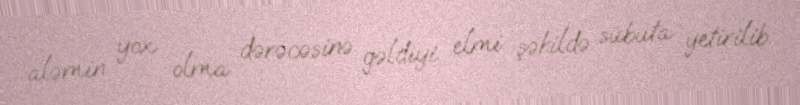
aləmin yox olma dərəcəsinə gəldiyi elmi şəkildə sübuta yetirilib.